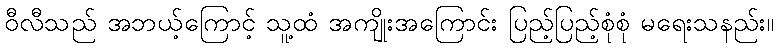
ဝီလီသည် အဘယ့်ကြောင့် သူ့ထံ အကျိုးအကြောင်း ပြည့်ပြည့်စုံစုံ မရေးသနည်း။